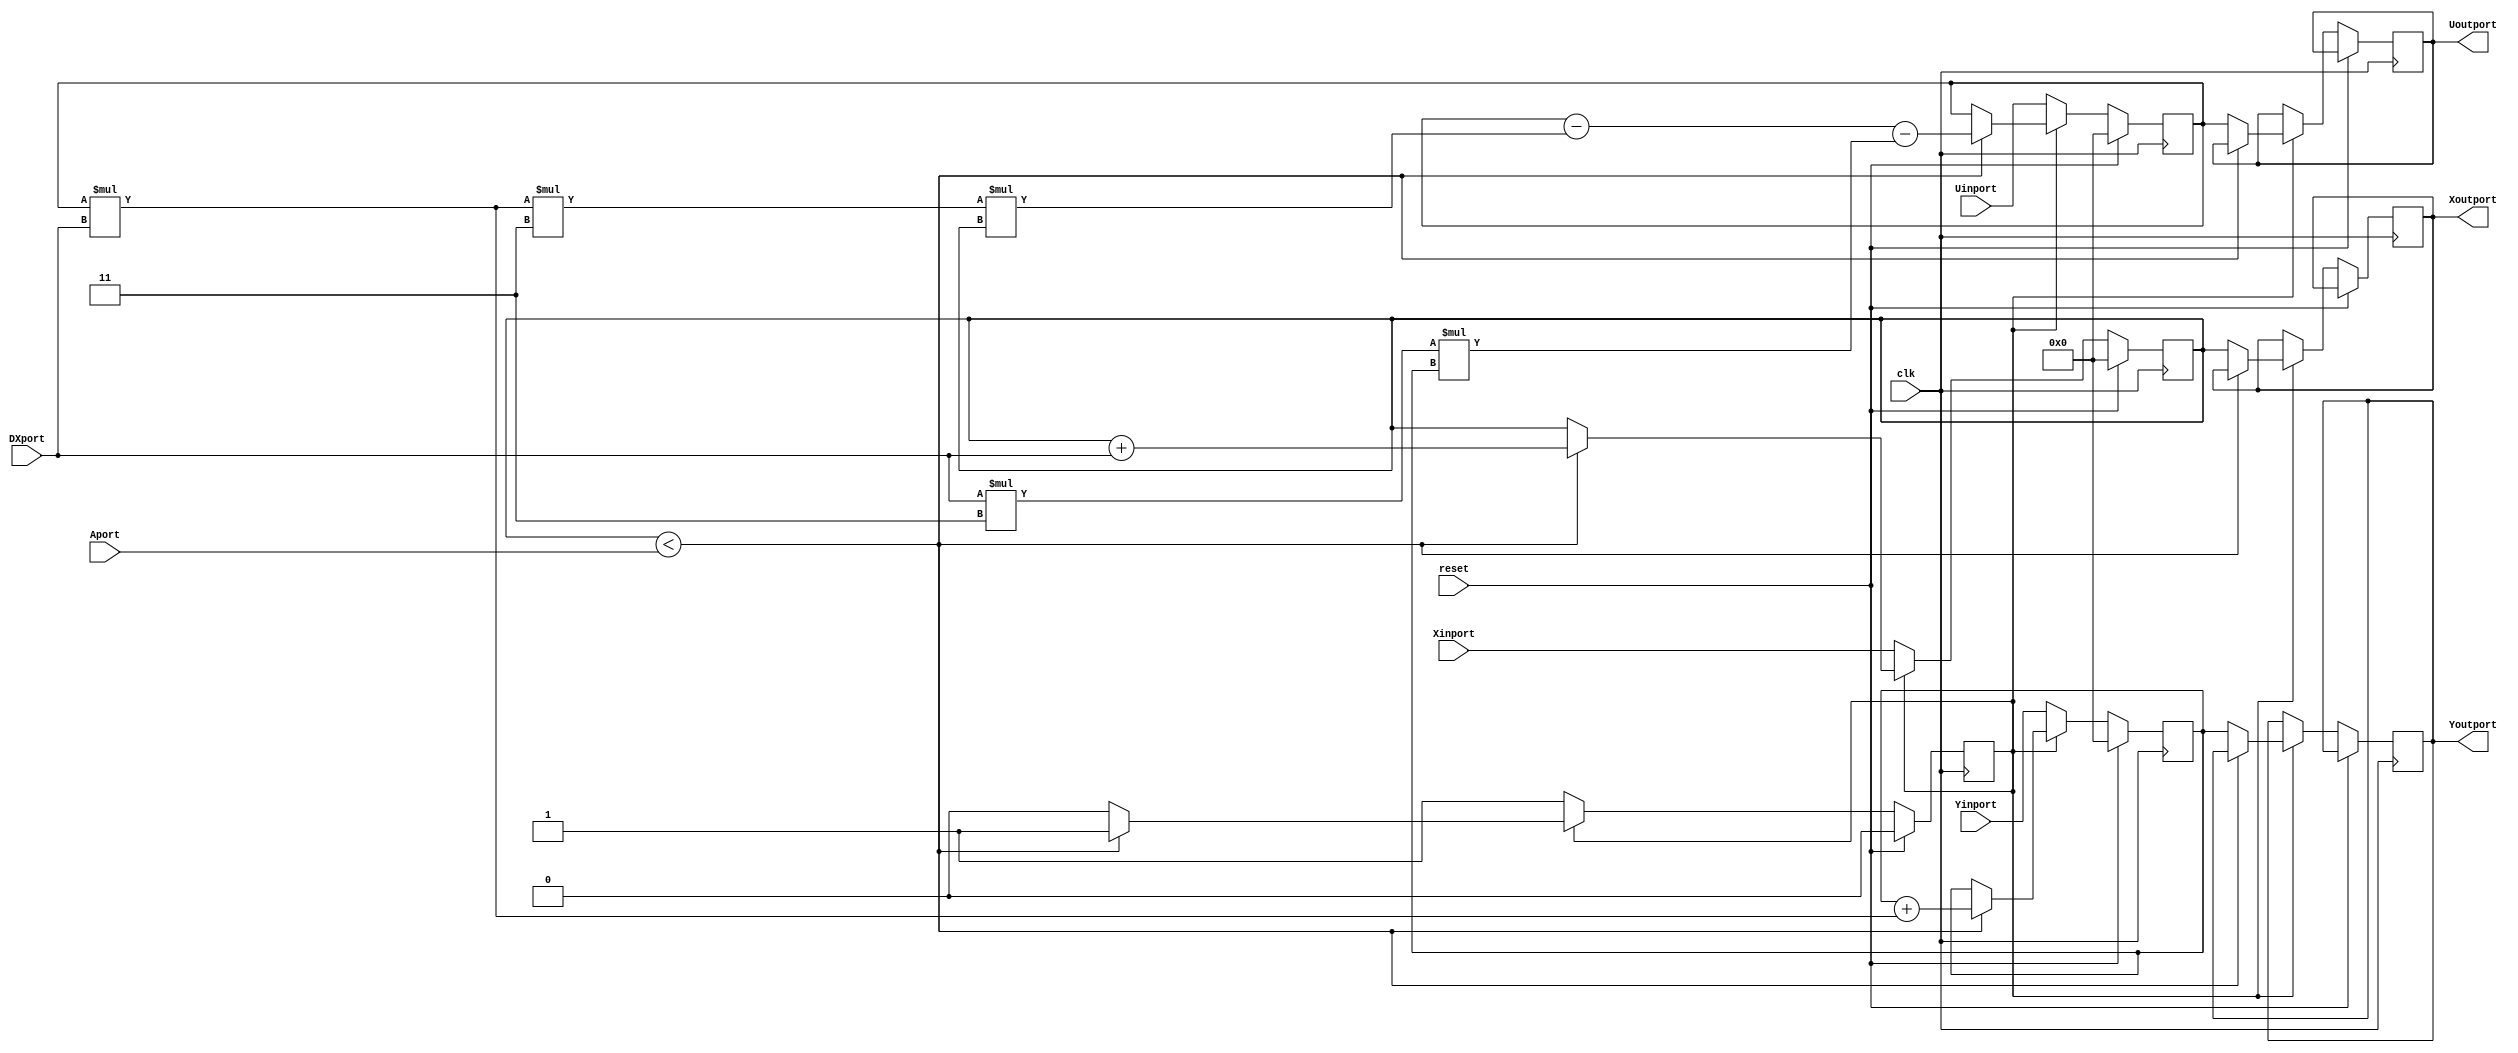
// This program was cloned from: https://github.com/lnis-uofu/OpenFPGA
// License: MIT License

 module diffeq_paj_convert (Xinport, Yinport, Uinport, Aport, DXport, Xoutport, Youtport, Uoutport, clk, reset);
    input[31:0] Xinport; 
    input[31:0] Yinport; 
    input[31:0] Uinport; 
    input[31:0] Aport; 
    input[31:0] DXport; 
    input clk; 
    input reset; 
    output[31:0] Xoutport; 
    output[31:0] Youtport; 
    output[31:0] Uoutport; 
    reg[31:0] Xoutport;
    reg[31:0] Youtport;
    reg[31:0] Uoutport;

       reg[31:0] x_var; 
       reg[31:0] y_var; 
       reg[31:0] u_var; 
       wire[31:0] temp; 
       reg looping; 
 
assign temp = u_var * DXport;
    always @(posedge clk)
    begin
		if (reset == 1'b1)
		begin
			looping <= 1'b0;
			x_var <= 0;
            y_var <= 0;
            u_var <= 0;
		end
		else
          if (looping == 1'b0)
          begin
             x_var <= Xinport; 
             y_var <= Yinport; 
             u_var <= Uinport; 
             looping <= 1'b1; 
          end
          else if (x_var < Aport)
          begin
             u_var <= (u_var - (temp/*u_var * DXport*/ * 3 * x_var)) - (DXport * 3 * y_var); 
             y_var <= y_var + temp;//(u_var * DXport); 
             x_var <= x_var + DXport; 
			looping <= looping;
          end
          else
          begin
             Xoutport <= x_var ; 
             Youtport <= y_var ; 
             Uoutport <= u_var ; 
             looping <= 1'b0; 
          end 
    end 
 endmodule